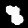
Label: 8